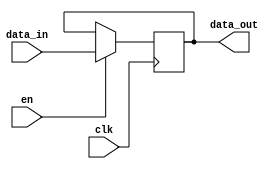
`timescale 1ns/1ps

/*flip-flop do tipo D com Enable flanco ascendente*/

module register (
  input		    clk,
  input             en,
  input    [31:0] data_in,   
  output reg [31:0] data_out    
);


always @ (posedge clk)
   if (en == 1'd1) 
     data_out <= data_in;

endmodule